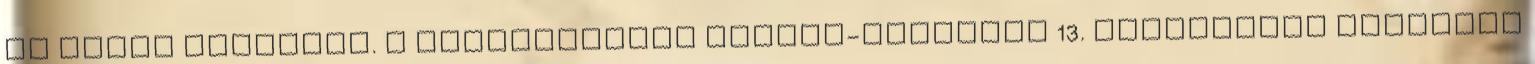
is részt vehetnek. A somogyvámosi Krisna-völgyben 13. alkalommal rendezik